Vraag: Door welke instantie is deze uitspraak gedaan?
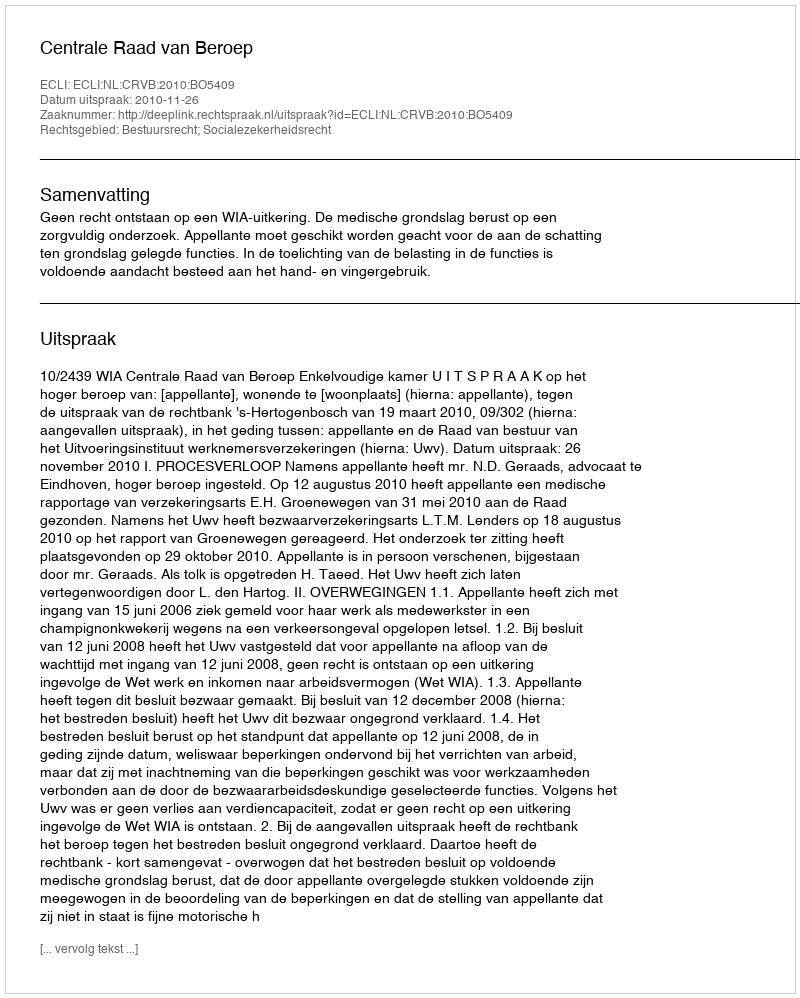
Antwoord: Centrale Raad van Beroep